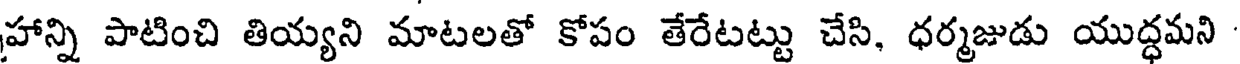
హాన్ని పాటించి తియ్యని మాటలతో కోపం తేరేటట్టు చేసి, ధర్మజుడు యుద్ధమని